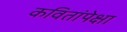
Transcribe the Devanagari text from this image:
कवितांपेक्षा